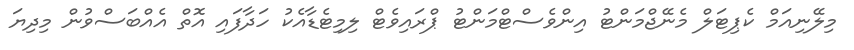
މިލޭނިއަމް ކެޕިޓަލް މެނޭޖްމަންޓު އިންވެސްޓްމަންޓު ޕްރައިވެޓް ލިމިޓެޑާއެކު ހަދާފައި އޮތް އެއްބަސްވުން މިދިޔަ